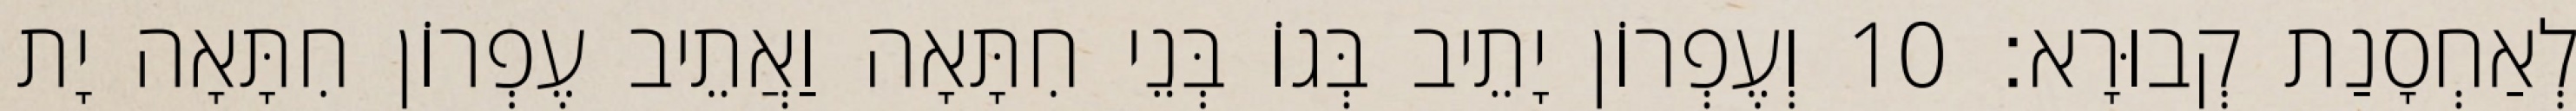
לְאַחְסָנַת קְבוּרָא׃ 10 וְעֶפְרוֹן יָתֵיב בְּגוֹ בְּנֵי חִתָּאָה וַאֲתֵיב עֶפְרוֹן חִתָּאָה יָת